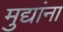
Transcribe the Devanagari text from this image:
मुद्यांना